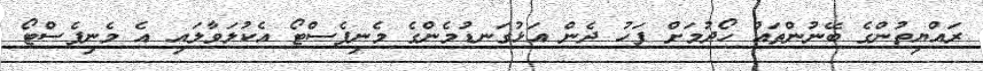
ރައްޔިތުންގެ ބޭނުންތައް ހޯދުމަށް ފަހު ދެން އަޅުގަނޑުމެންގެ މެނިފެސްޓޯ އެކުލަވާލައި އެ މެނިފެސްޓޯ